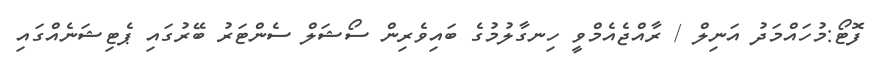
ފޮޓޯ:މުހައްމަދު އަނިލް / ރާއްޖެއެމްވީ ހިނގާލުމުގެ ބައިވެރިން ސޯޝަލް ސެންޓަރު ބޭރުގައި ޕެޓިޝަނެއްގައި